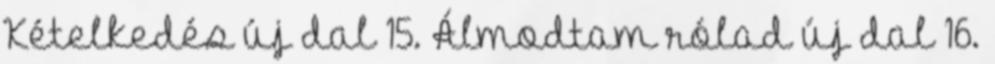
Kételkedés új dal 15. Álmodtam rólad új dal 16.